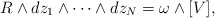
\begin{align*}R\wedge dz_1\wedge \cdots \wedge dz_N = \omega\wedge [V],\end{align*}